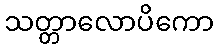
သတ္တာလောပိကော